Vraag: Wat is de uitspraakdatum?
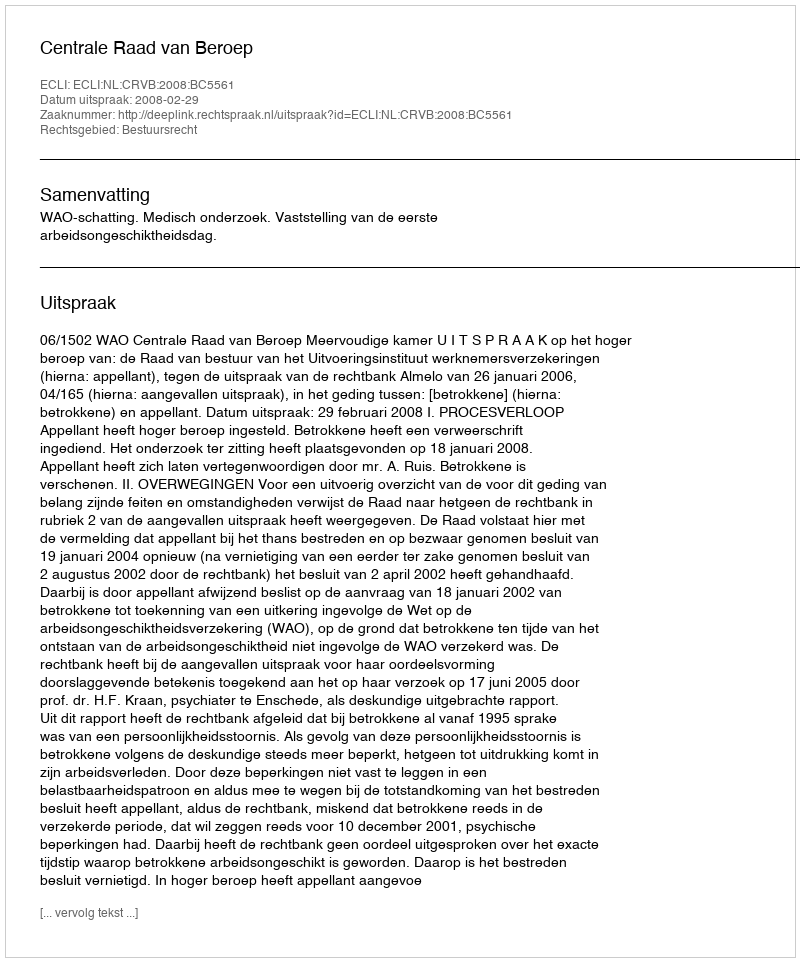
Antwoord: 2008-02-29